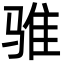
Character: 骓